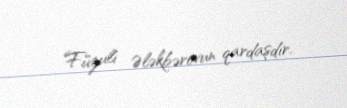
Füzuli Ələkbərovun qardaşdır.